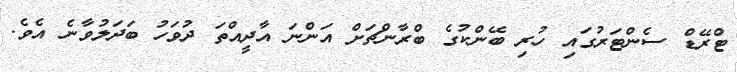
ޓްރޭޑް ސެންޓަރުގައި ހުރި ބޭންކުގެ ބްރާންޗަށް އަންނަ އާދީއްތަ ދުވަހު ބަދަލުވާނެ އެވެ.